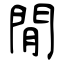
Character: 閒